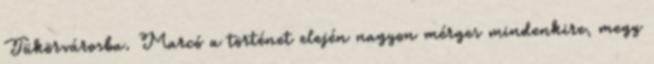
Tükörvárosba. Marcó a történet elején nagyon mérges mindenkire, megy